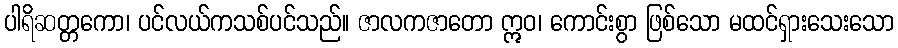
ပါရိဆတ္တကော၊ ပင်လယ်ကသစ်ပင်သည်။ ဇာလကဇာတော ဣဝ၊ ကောင်းစွာ ဖြစ်သော မထင်ရှားသေးသော